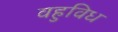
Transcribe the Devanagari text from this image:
वहुविध